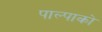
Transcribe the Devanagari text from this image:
पाल्पाको